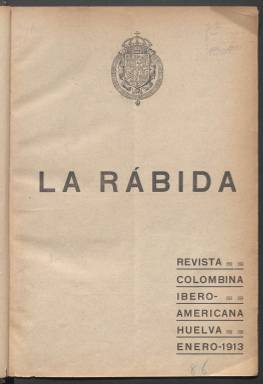
Título: La Rábida (Huelva. 1911)
Colección: Relaciones internacionales || Cultura
Ámbito geográfico: Huelva
Lugar de publicación: Huelva
Fechas: 30/01/1913-31/07/1933